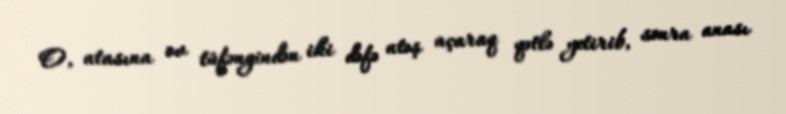
O, atasına ov tüfəngindən iki dəfə atəş açaraq qətlə yetirib, sonra anası